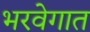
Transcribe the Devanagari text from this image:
भरवेगात